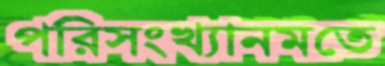
পরিসংখ্যানমতে